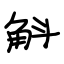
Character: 斛